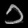
Digit: ၁